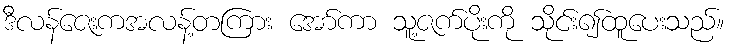
ဒီလန်ဇေးကအလန့်တကြား အော်ကာ သူ့ဇက်ပိုးကို သိုင်း၍ထူပေးသည်။